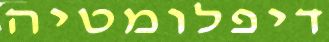
דיפלומטיה